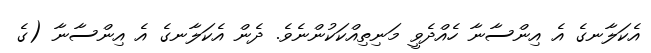
އެކަލާނގެ އެ އިންސާނާ ހެއްދެވީ މަނިތިއްކަކުންނެވެ. ދެން އެކަލާނގެ އެ އިންސާނާ (ގެ